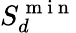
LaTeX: S_{d}^{\mathrm{~m~i~n~}}